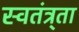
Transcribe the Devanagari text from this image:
स्वतंत्र्ता